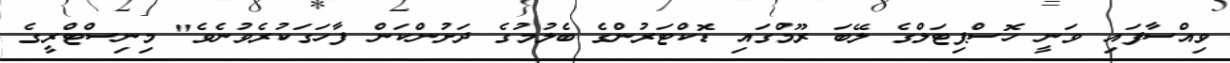
ވިއްސާފައި ވަނީ ހޮސްޕިޓަލްގެ ލޭބަ ރޫމްގައި ޑޮކްޓަރުންގެ ބެލުމުގެ ދަށުންކަން ފާހަގަކުރެވުނެވެ" މިނިސްޓްރީގެ